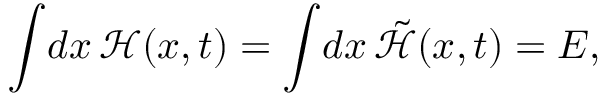
\int \! d x \, \mathcal { H } ( { x } , t ) = \int \! d x \, \tilde { \mathcal { H } } ( { x } , t ) = E ,